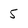
Character: 5